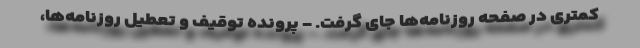
کمتری در صفحه روزنامه‌ها جای گرفت. - پرونده توقیف و تعطیل روزنامه‌ها،